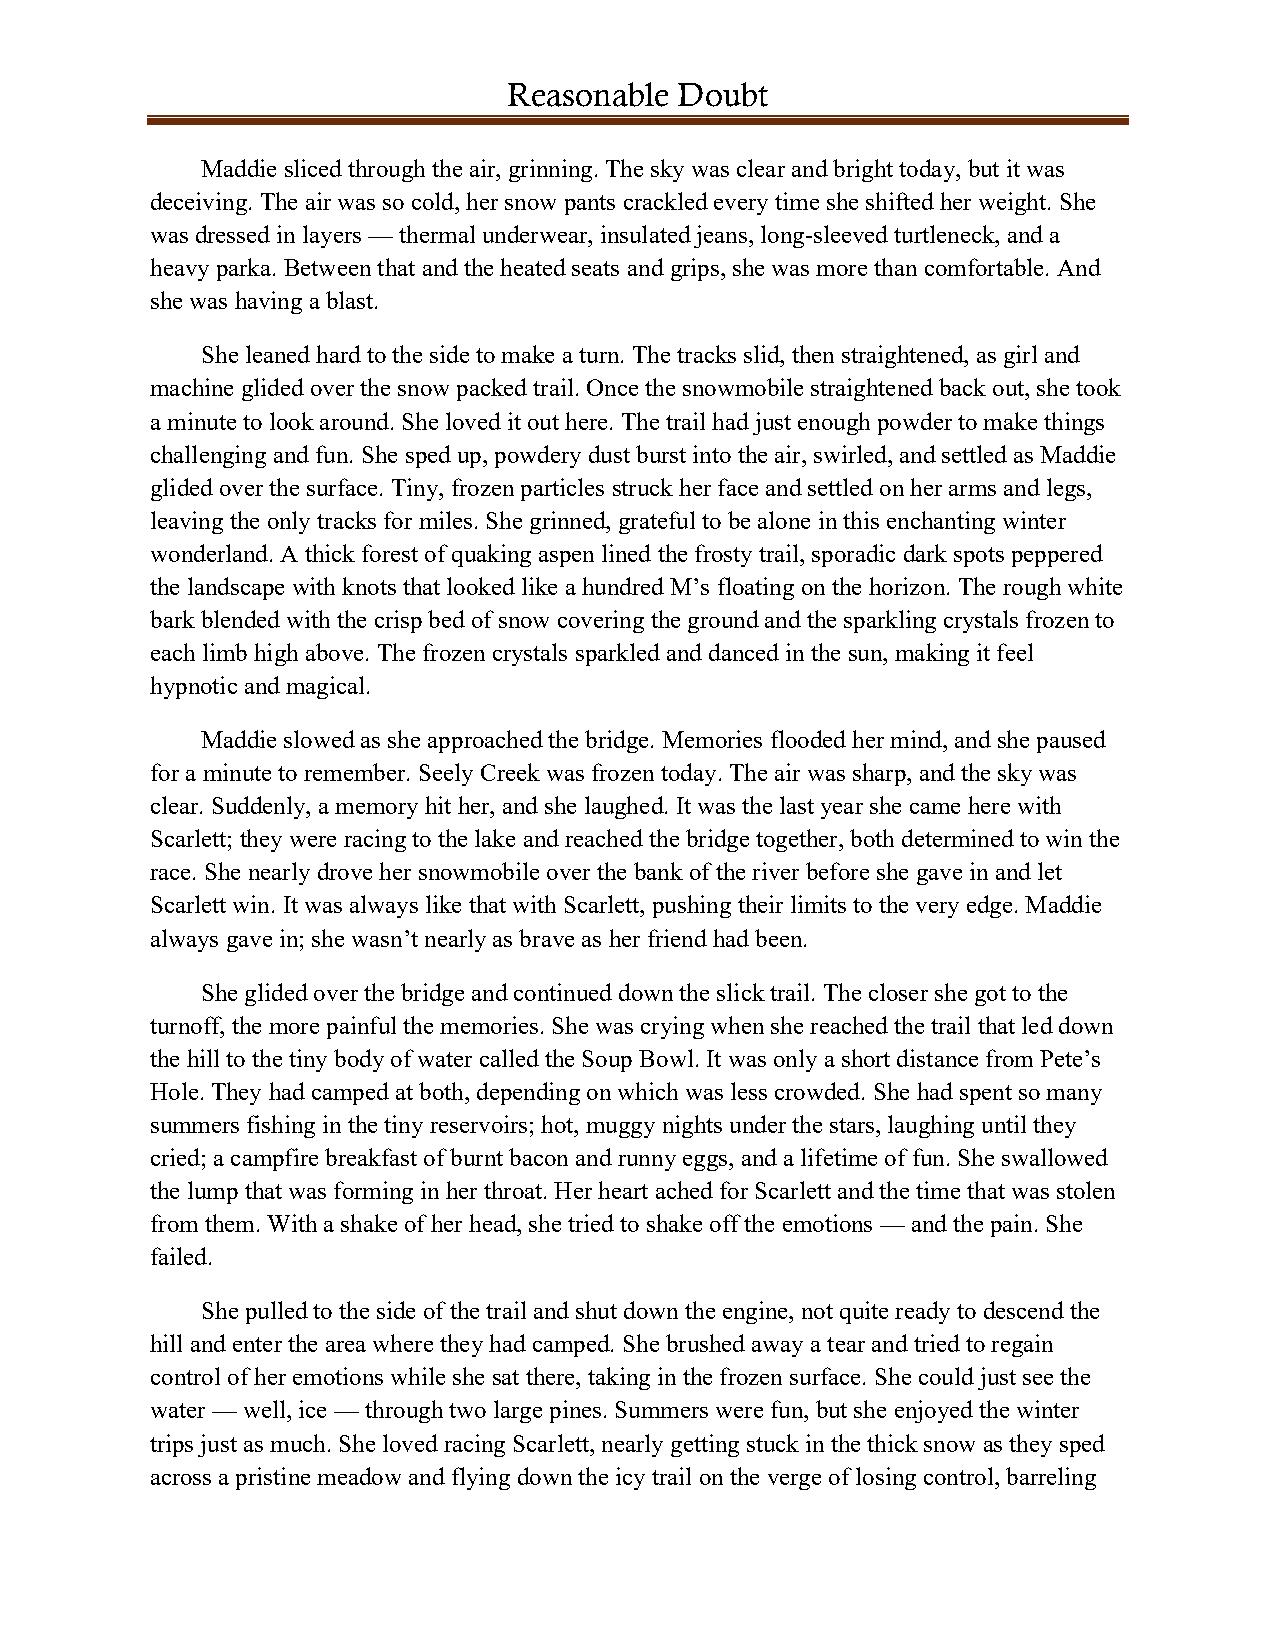
Reasonable Doubt
 Maddie sliced through the air, grinning. The sky was clear and bright today, but it was
 deceiving. The air was so cold, her snow pants crackled every time she shifted her weight. She
 was dressed in layers — thermal underwear, insulated jeans, long-sleeved turtleneck, and a
 heavy parka. Between that and the heated seats and grips, she was more than comfortable. And
 she was having a blast.
 She leaned hard to the side to make a turn. The tracks slid, then straightened, as girl and
 machine glided over the snow packed trail. Once the snowmobile straightened back out, she took
 a minute to look around. She loved it out here. The trail had just enough powder to make things
 challenging and fun. She sped up, powdery dust burst into the air, swirled, and settled as Maddie
 glided over the surface. Tiny, frozen particles struck her face and settled on her arms and legs,
 leaving the only tracks for miles. She grinned, grateful to be alone in this enchanting winter
 wonderland. A thick forest of quaking aspen lined the frosty trail, sporadic dark spots peppered
 the landscape with knots that looked like a hundred M’s floating on the horizon. The rough white
 bark blended with the crisp bed of snow covering the ground and the sparkling crystals frozen to
 each limb high above. The frozen crystals sparkled and danced in the sun, making it feel
 hypnotic and magical.
 Maddie slowed as she approached the bridge. Memories flooded her mind, and she paused
 for a minute to remember. Seely Creek was frozen today. The air was sharp, and the sky was
 clear. Suddenly, a memory hit her, and she laughed. It was the last year she came here with
 Scarlett; they were racing to the lake and reached the bridge together, both determined to win the
 race. She nearly drove her snowmobile over the bank of the river before she gave in and let
 Scarlett win. It was always like that with Scarlett, pushing their limits to the very edge. Maddie
 always gave in; she wasn’t nearly as brave as her friend had been.
 She glided over the bridge and continued down the slick trail. The closer she got to the
 turnoff, the more painful the memories. She was crying when she reached the trail that led down
 the hill to the tiny body of water called the Soup Bowl. It was only a short distance from Pete’s
 Hole. They had camped at both, depending on which was less crowded. She had spent so many
 summers fishing in the tiny reservoirs; hot, muggy nights under the stars, laughing until they
 cried; a campfire breakfast of burnt bacon and runny eggs, and a lifetime of fun. She swallowed
 the lump that was forming in her throat. Her heart ached for Scarlett and the time that was stolen
 from them. With a shake of her head, she tried to shake off the emotions — and the pain. She
 failed.
 She pulled to the side of the trail and shut down the engine, not quite ready to descend the
 hill and enter the area where they had camped. She brushed away a tear and tried to regain
 control of her emotions while she sat there, taking in the frozen surface. She could just see the
 water — well, ice — through two large pines. Summers were fun, but she enjoyed the winter
 trips just as much. She loved racing Scarlett, nearly getting stuck in the thick snow as they sped
 across a pristine meadow and flying down the icy trail on the verge of losing control, barreling